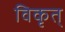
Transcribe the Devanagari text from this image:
विकृत्